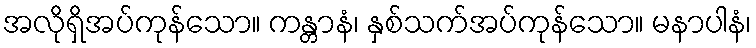
အလိုရှိအပ်ကုန်သော။ ကန္တာနံ၊ နှစ်သက်အပ်ကုန်သော။ မနာပါနံ၊